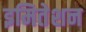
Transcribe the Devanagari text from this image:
इमितेशन